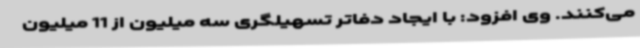
می‌کنند. وی افزود: با ایجاد دفاتر تسهیلگری سه میلیون از 11 میلیون